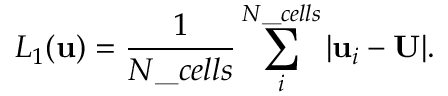
L _ { 1 } ( \mathbf { u } ) = \frac { 1 } { N \_ { c e l l s } } \sum _ { i } ^ { N \_ { c e l l s } } | \mathbf { u } _ { i } - \mathbf { U } | .